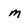
Character: m